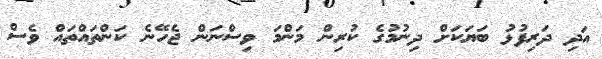
އަދި ދަރިފުޅު ބަޔަކަށް ދިނުމުގެ ކުރިން މަންމަ ވިސްނަން ޖެހޭނެ ކަންތައްތައް ވެސް